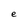
Character: e